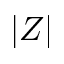
| Z |